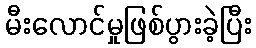
မီးလောင်မှုဖြစ်ပွားခဲ့ပြီး